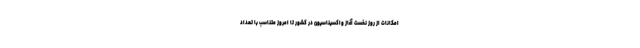
امکانات از روز نخست آغاز واکسیناسیون در کشور تا امروز متناسب با تعداد